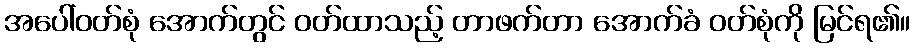
အပေါ်ဝတ်စုံ အောက်တွင် ဝတ်ထာသည့် တာဖက်တာ အောက်ခံ ဝတ်စုံကို မြင်ရ၏။